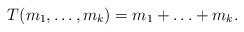
LaTeX: \begin{align*}T(m_1, \ldots, m_k) = m_1 + \ldots + m_k.\end{align*}